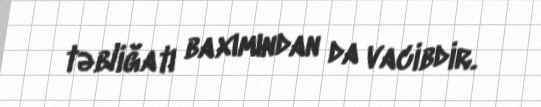
təbliğatı baxımından da vacibdir.